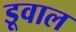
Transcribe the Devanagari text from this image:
डूवाल